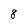
Character: 8